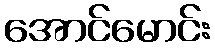
အောင်မောင်း